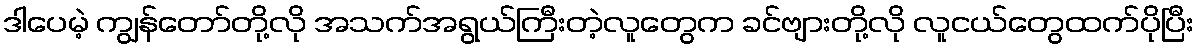
ဒါပေမဲ့ ကျွန်တော်တို့လို အသက်အရွယ်ကြီးတဲ့လူတွေက ခင်ဗျားတို့လို လူငယ်တွေထက်ပိုပြီး